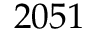
2 0 5 1